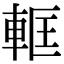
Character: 軭